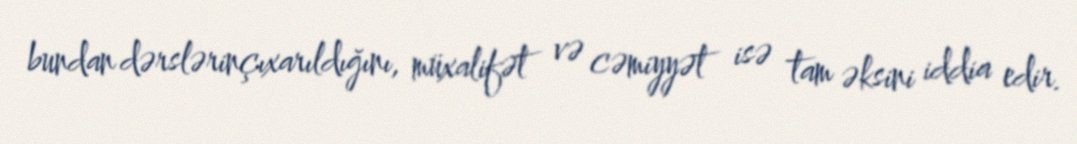
bundan dərslərinçıxarıldığını, müxalifət və cəmiyyət isə tam əksini iddia edir.